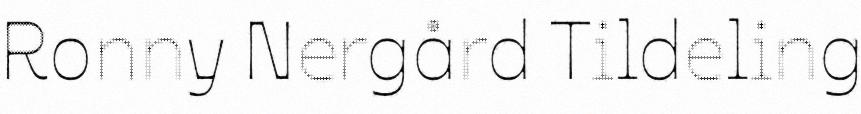
Ronny Nergård Tildeling